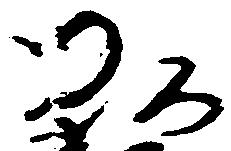
弘